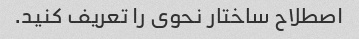
اصطلاح ساختار نحوی را تعریف کنید.